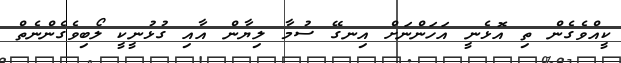
ކީއްވެގެން ތި އޮޅެނީ އަހަންނަށް އިނގޭ ސުމާ ލިޔާން އާއި ގުޅުނީކީ ލޯބިވެގެންނެތް